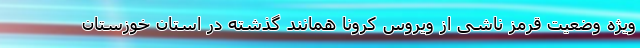
ویژه وضعیت قرمز ناشی از ویروس کرونا همانند گذشته در استان خوزستان